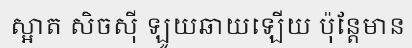
ស្អាត សិចស៊ី ឡូយឆាយឡើយ ប៉ុន្តែមាន